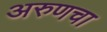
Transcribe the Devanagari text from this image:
अरुणचा